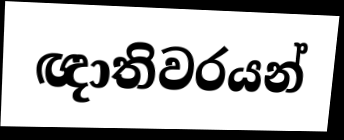
ඥාතිවරයන්